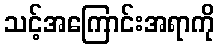
သင့်အကြောင်းအရာကို